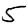
Digit: 5